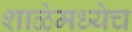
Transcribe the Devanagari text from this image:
शाळेमध्येच